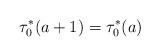
LaTeX: \begin{align*}\tau^{*}_0(a+1)=\tau^{*}_0(a)\end{align*}